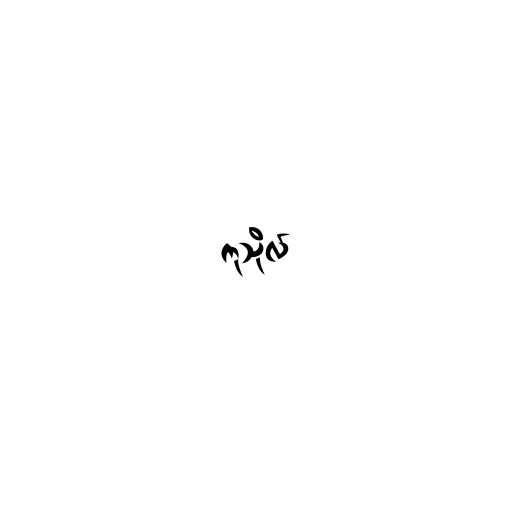
ကုသိုလ်